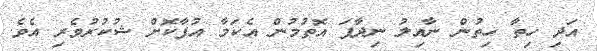
އަދި ހިތާ ހިތުން ނާއިލު ނިދާފަ އޮތުމުން އެކަމާ އުފާކޮށް ޝުކުރުވެރި އެވެ.